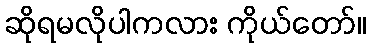
ဆိုရမလိုပါကလား ကိုယ်တော်။